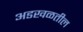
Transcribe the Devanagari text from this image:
अडखळतील